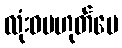
လုံးဝမဟုတ်ပေ